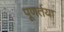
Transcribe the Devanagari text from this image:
पूणर्तया